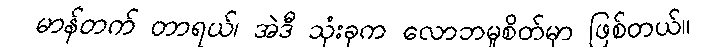
မာန်တက် တာရယ်၊ အဲဒီ သုံးခုက လောဘမူစိတ်မှာ ဖြစ်တယ်။